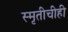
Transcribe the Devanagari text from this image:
स्मृतीचीही